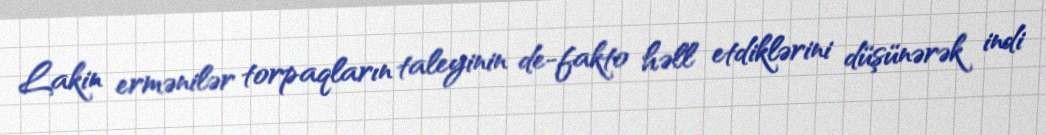
Lakin ermənilər torpaqların taleyinin de-fakto həll etdiklərini düşünərək indi